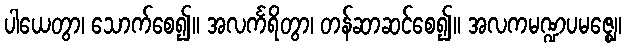
ပါယေတွာ၊ သောက်စေ၍။ အလင်္ကရိတွာ၊ တန်ဆာဆင်စေ၍။ အလကမဏ္ဍပမဇ္ဈေ၊